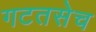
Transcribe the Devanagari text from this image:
गटतसेच